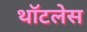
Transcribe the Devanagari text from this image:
थॉटलेस